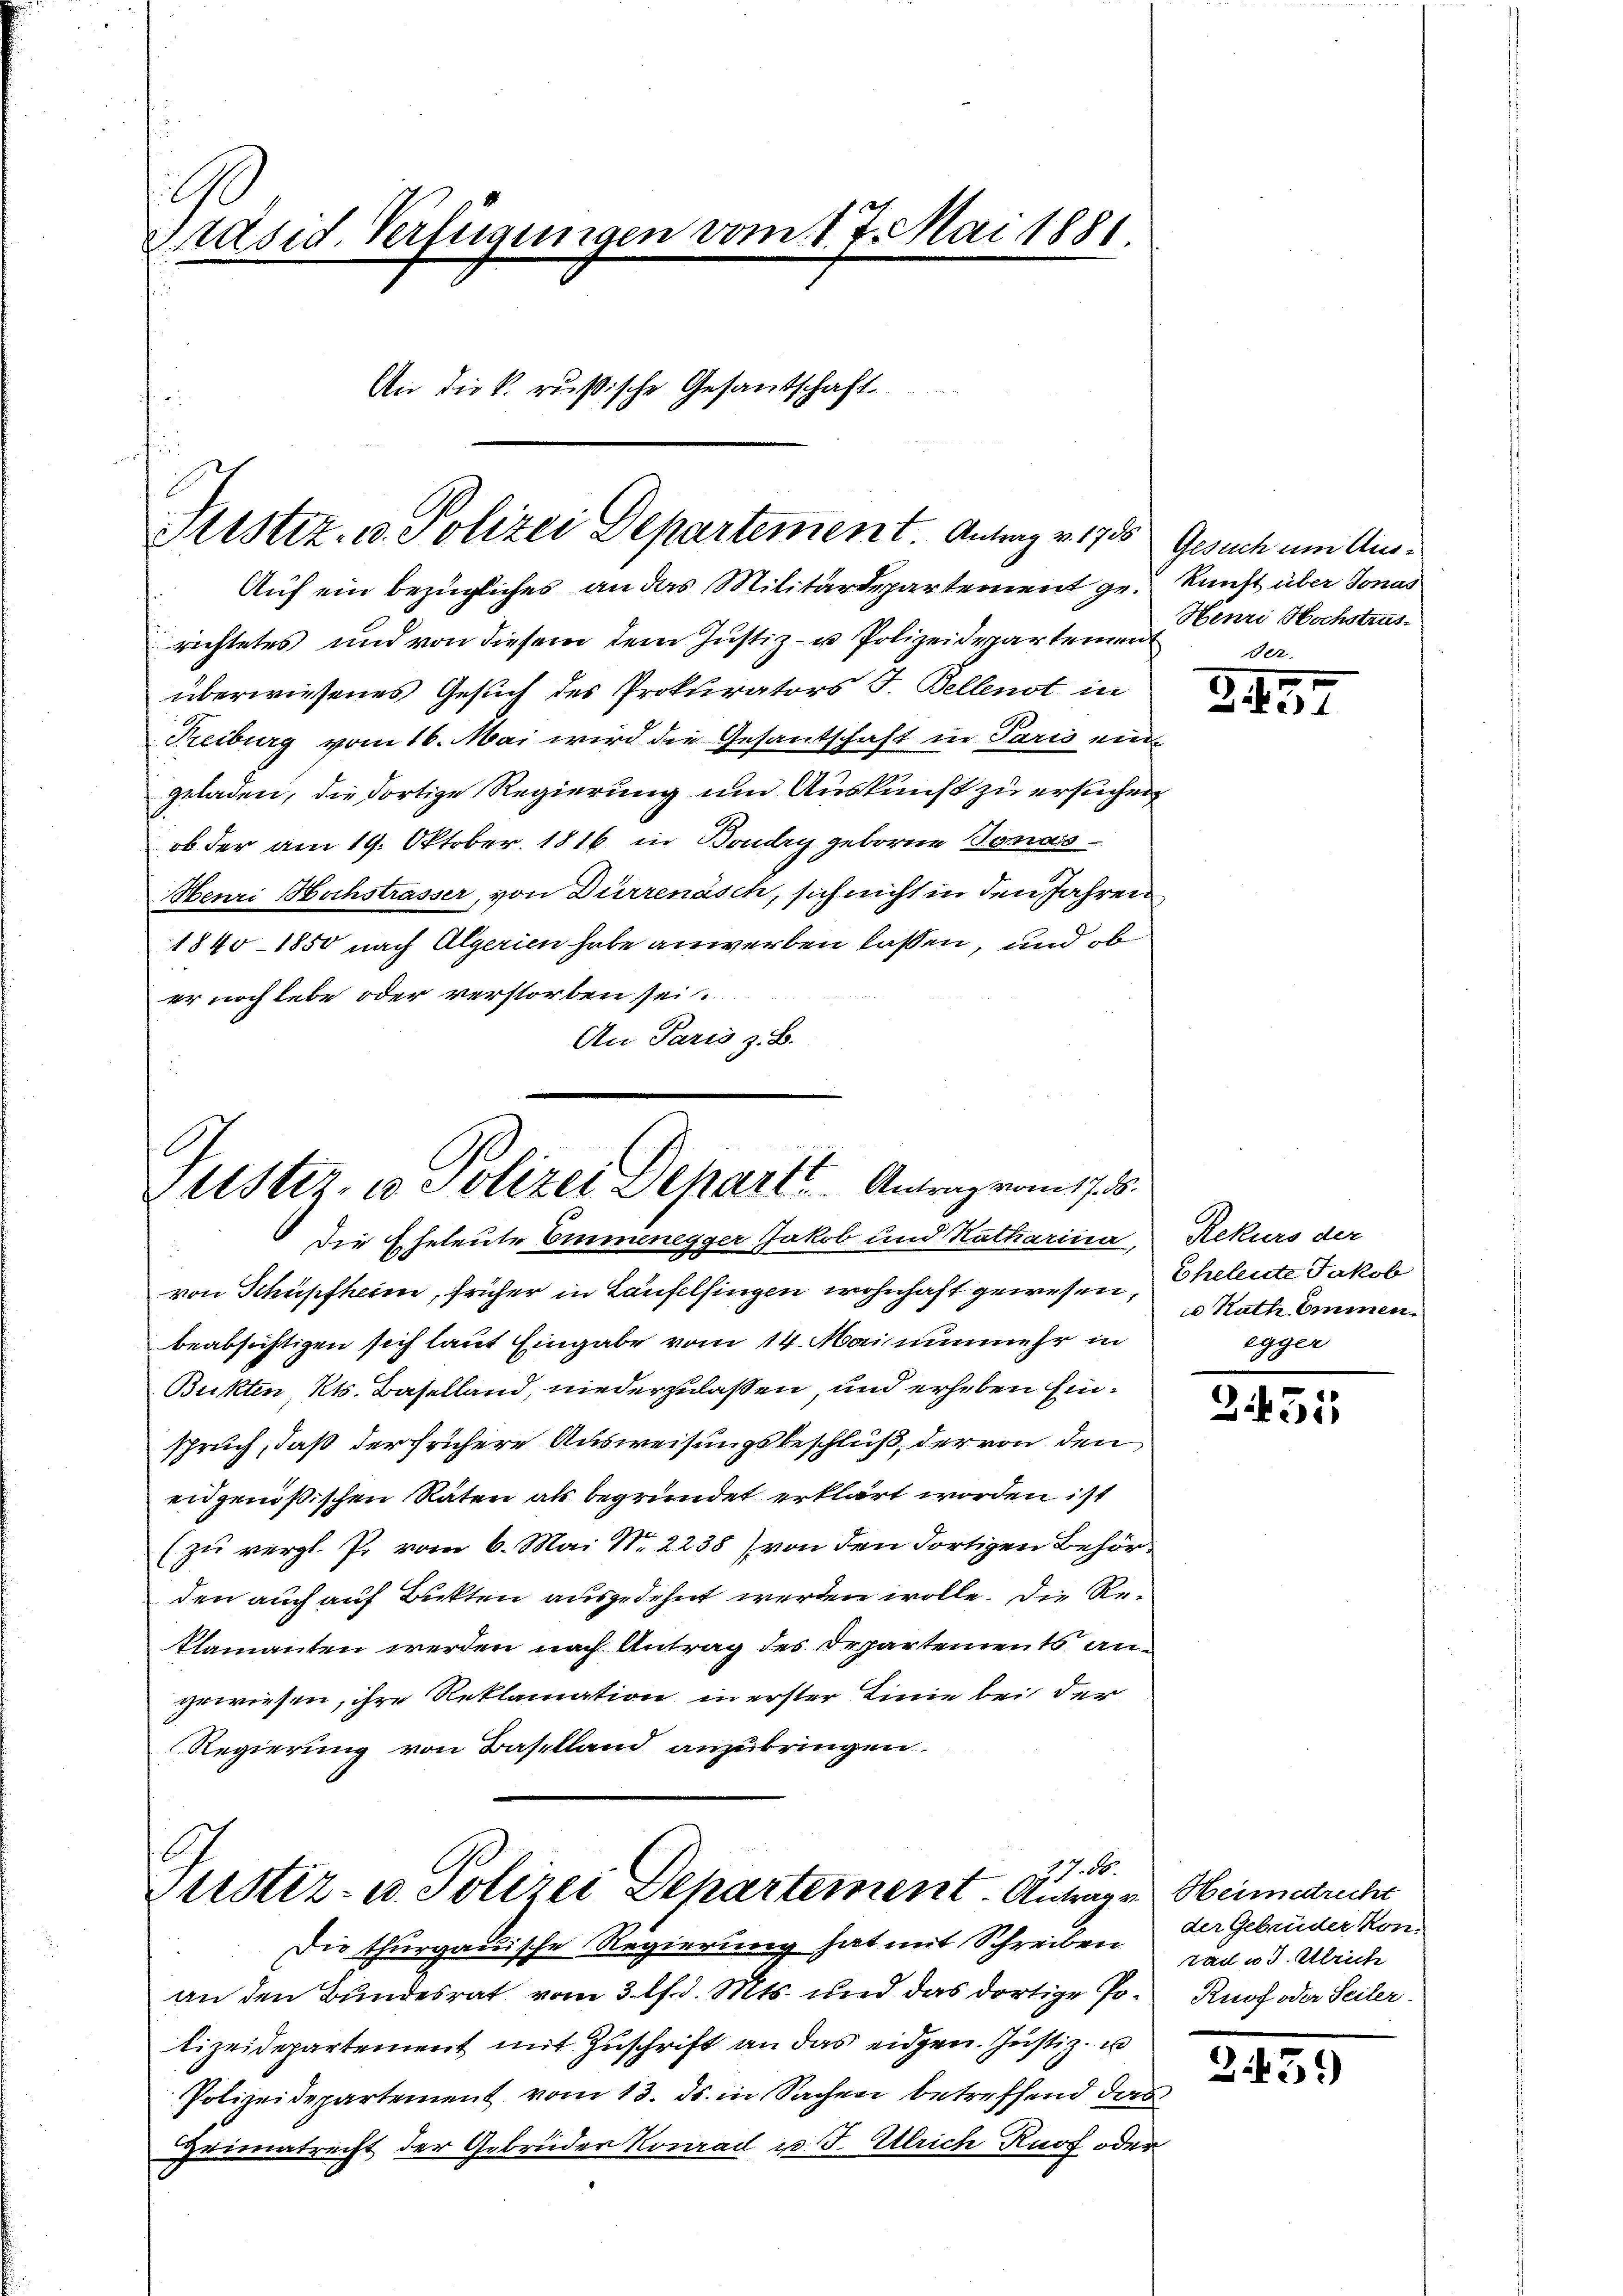
E
Präsid. Verfügungen vom 17. Mai 1881.
An die k. rußische Gesandschaft.

Auf ein bezügliches an das Militärdepartement gen Kunst über Jonas
richtetes und von diesem dem Justiz- u Polizeidepartement
überwiesenes Gesuch des Prokurators F. Bellenst in
Freiburg vom 16. Mai wird die Gesandschaft in Paris eingeladen, die dortige Regierung um Auskunft zu ersuchen,
ob der am 19. Oktober 1816 in Boudry geborne Jonas¬
Henri Hochstrasser, von Dürrenäsch, sich nicht in den Jahren
1840 - 1850 nach Algerien habe anwerben lassen, und ob
er noch lebe oder verstorben sei.
An Paris z. B.

Justiz- u. Polizei Departement. Antrag v. 1785

Justiz, u. Polizei Depart. Antrag vom 17. d.

. d.
Justiz- u. Polizei Departement. Antragen Heimatuche

Die Eheleute Emmenegger Jakob und Katharina, Rekurs der
von Schüpfheim, früher in Laufelsingen wohnhaft gewesen,
beabsichtigen sich laut Eingabe vom 14. Mai nunmehr in
Bukten, Kts. Baselland, niederzulassen, und erheben Einsprich, daß der frühere Ausweisungsbeschluß, der von den
eidgenößischen Räten als begründet erklärt worden ist
(zŭ vergl. P. vom 6. Mai No 2238) von den dortigen Behörden auch auf Bukten ausgedehnt werden wolle. Die Reklamanten werden nach Antrag des Departements angewiesen, ihre Reklamation in erster Linie bei der
Regierung von Baselland anzubringen.

Gesuch um Aus¬
Henri Hochstrus-

Die thurgauische Regierung hat mit Schreiben das u. Ulrich
an den Bundesrat vom 3. lt. d. Mts. und das dortige Polizeidepartement mit Zuschrift an das eidgen. Justiz- u
Polizeidepartement vom 13. ds. in Sachen betreffend das
Heimatrecht der Gebrüder Konrad u. J. Ulrich Ruof oder

457

Eheleute Jakob
ie Rath Emmen.
egger

3451

der Gebrüder Kon-
Knof oder Seiler.

3459)